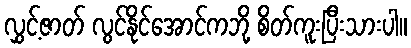
လွှင့်ဇာတ် လွင်နိုင်အောင်ကဘို့ စိတ်ကူးပြီးသားပါ။